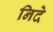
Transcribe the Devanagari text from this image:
निदे